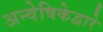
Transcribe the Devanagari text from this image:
अन्वेषिकेद्वारे